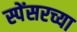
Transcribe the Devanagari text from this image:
स्पेंसरच्या